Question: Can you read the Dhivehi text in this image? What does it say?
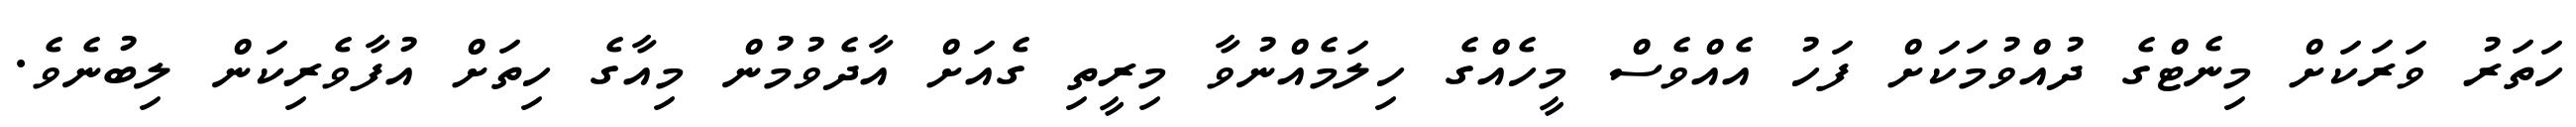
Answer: ހަތަރު ވަރަކަށް މިނެޓްގެ ދުއްވުމަކަށް ފަހު އެއްވެސް މީހެއްގެ ހިލަމެއްނުވާ މިރީތި ގެއަށް އާދެވުމުން މިއާގެ ހިތަށް އުފާވެރިކަން ލިބުނެވެ.